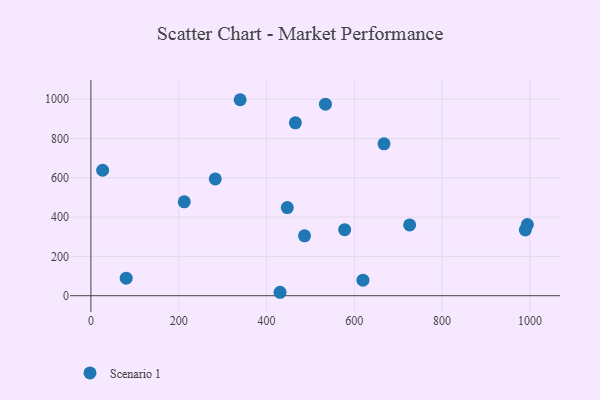
{"axis": {"x": "Study Hours", "y": "Yield"}, "legend": ["Scenario 1"], "data": [{"x": "994.3", "y": 362.2, "type": "Scenario 1"}, {"x": "212.7", "y": 477.7, "type": "Scenario 1"}, {"x": "80.4", "y": 89.4, "type": "Scenario 1"}, {"x": "340.0", "y": 997.3, "type": "Scenario 1"}, {"x": "989.6", "y": 334.9, "type": "Scenario 1"}, {"x": "534.3", "y": 974.7, "type": "Scenario 1"}, {"x": "486.6", "y": 304.8, "type": "Scenario 1"}, {"x": "578.1", "y": 335.8, "type": "Scenario 1"}, {"x": "283.3", "y": 594.2, "type": "Scenario 1"}, {"x": "465.8", "y": 879.8, "type": "Scenario 1"}, {"x": "26.7", "y": 638.5, "type": "Scenario 1"}, {"x": "447.4", "y": 448.5, "type": "Scenario 1"}, {"x": "667.7", "y": 772.8, "type": "Scenario 1"}, {"x": "430.9", "y": 17.5, "type": "Scenario 1"}, {"x": "726.1", "y": 360.2, "type": "Scenario 1"}, {"x": "619.7", "y": 79.3, "type": "Scenario 1"}]}